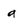
Character: a